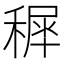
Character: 𥡖